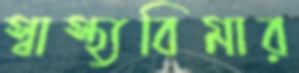
স্বাস্থ্যবিমার